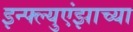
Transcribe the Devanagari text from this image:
इन्फ्ल्युएंझाच्या